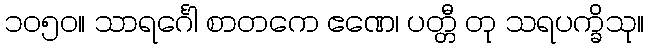
၁၀၅၀။ သာရင်္ဂေါ စာတကေ ဧဏေ၊ ပတ္တီ တု သရပက္ခိသု။